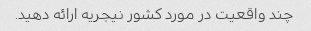
چند واقعیت در مورد کشور نیجریه ارائه دهید.